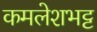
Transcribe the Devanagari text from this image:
कमलेशभट्ट